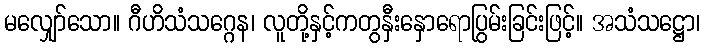
မလျှော်သော။ ဂီဟိသံသဂ္ဂေန၊ လူတို့နှင့်ကတွနှီးနှောရောပြွမ်းခြင်းဖြင့်။ အသံသဋ္ဌော၊